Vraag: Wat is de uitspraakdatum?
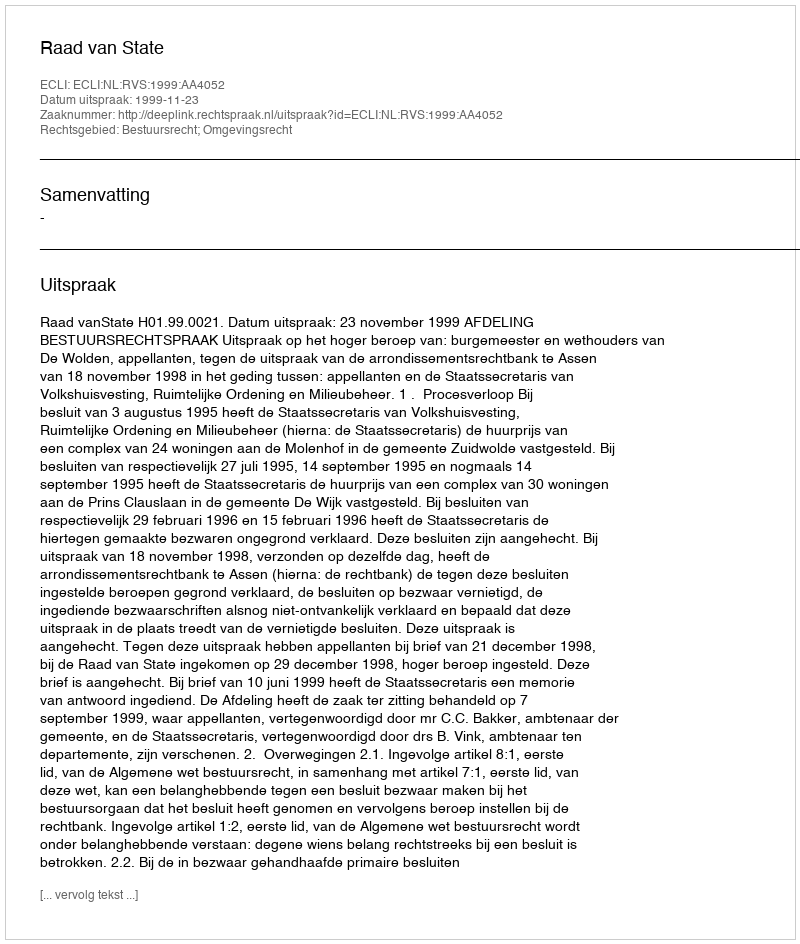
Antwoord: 1999-11-23